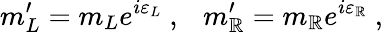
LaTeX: m_{L}^{\prime}=m_{L}e^{i\varepsilon_{L}}\ ,\ \ \ m_{\mathbb{R}}^{\prime}=m_{\mathbb{R}}e^{i\varepsilon_{\mathbb{R}}}\ ,